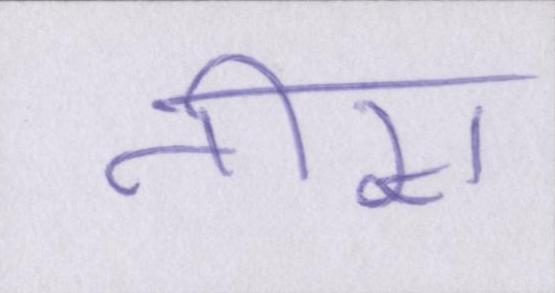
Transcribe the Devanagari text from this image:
तीस